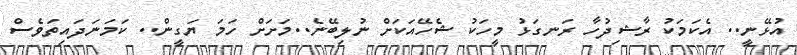
އުޅޭނީ.. އެކަމަކު ރާޝިދުހާ ރަނގަޅު މީހަކު ޝެހޭއަކަށް ނުލިބޭނެ..މަށަށް ހަމަ ޔަގީން.. ކަމަނަދައިތަވެސް